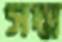
সদ্ম